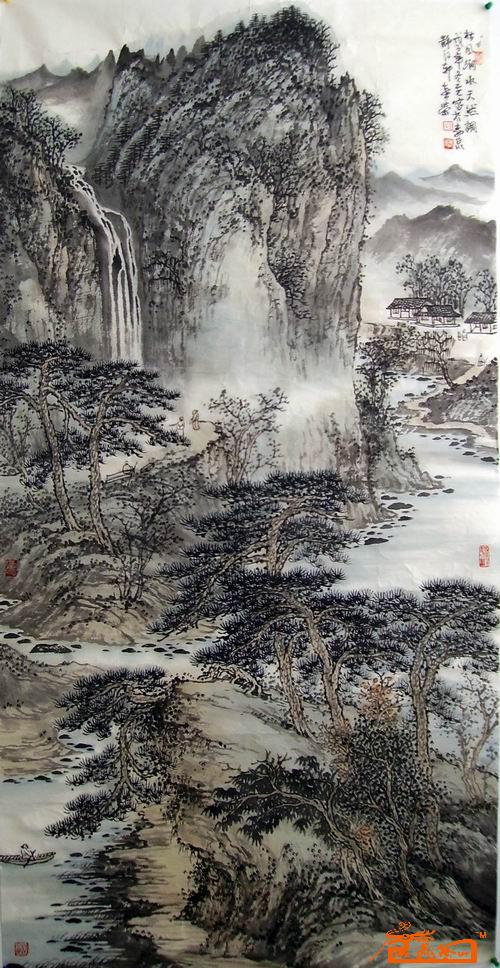
野桥经雨断，涧水向田分。